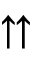
\upuparrows